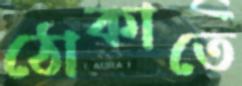
ঠোকাতে